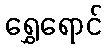
ရွှေရောင်